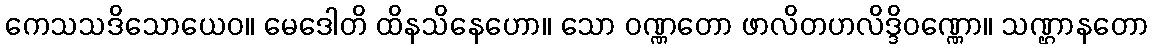
ကေသသဒိသောယေဝ။ မေဒေါတိ ထိနသိနေဟော။ သော ဝဏ္ဏတော ဖာလိတဟလိဒ္ဒိဝဏ္ဏော။ သဏ္ဌာနတော